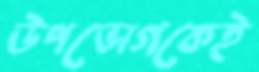
উপভোগকেই